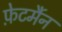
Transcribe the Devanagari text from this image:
फ़ेटर्मैन